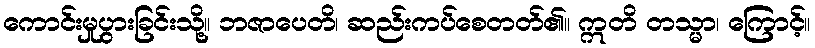
ကောင်းမှုပွားခြင်းသို့။ ဘဇာပေတိ၊ ဆည်းကပ်စေတတ်၏။ ဣတိ တသ္မာ၊ ကြောင့်။